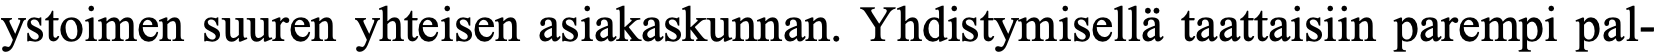
ystoimen suuren yhteisen asiakaskunnan. Yhdistymisellä taattaisiin parempi pal-